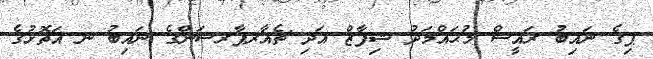
ޕިގެ ނައިބު ރައީސް މުޙައްމަދު ޝިފާޒް އަދި ޗެއާރޕާރސަންގެ ނައިބު ނ އަތޮޅުގެ